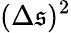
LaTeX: (\Delta{\mathfrak{s}})^{2}